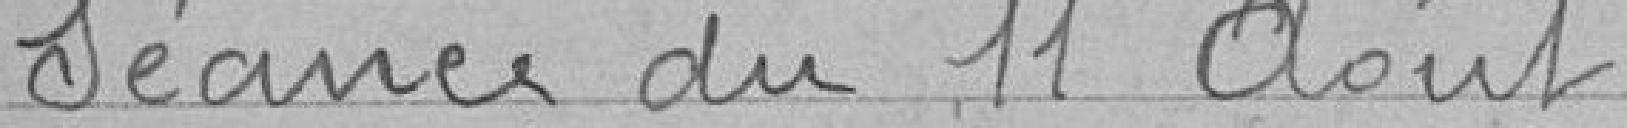
Séance du 11 Août